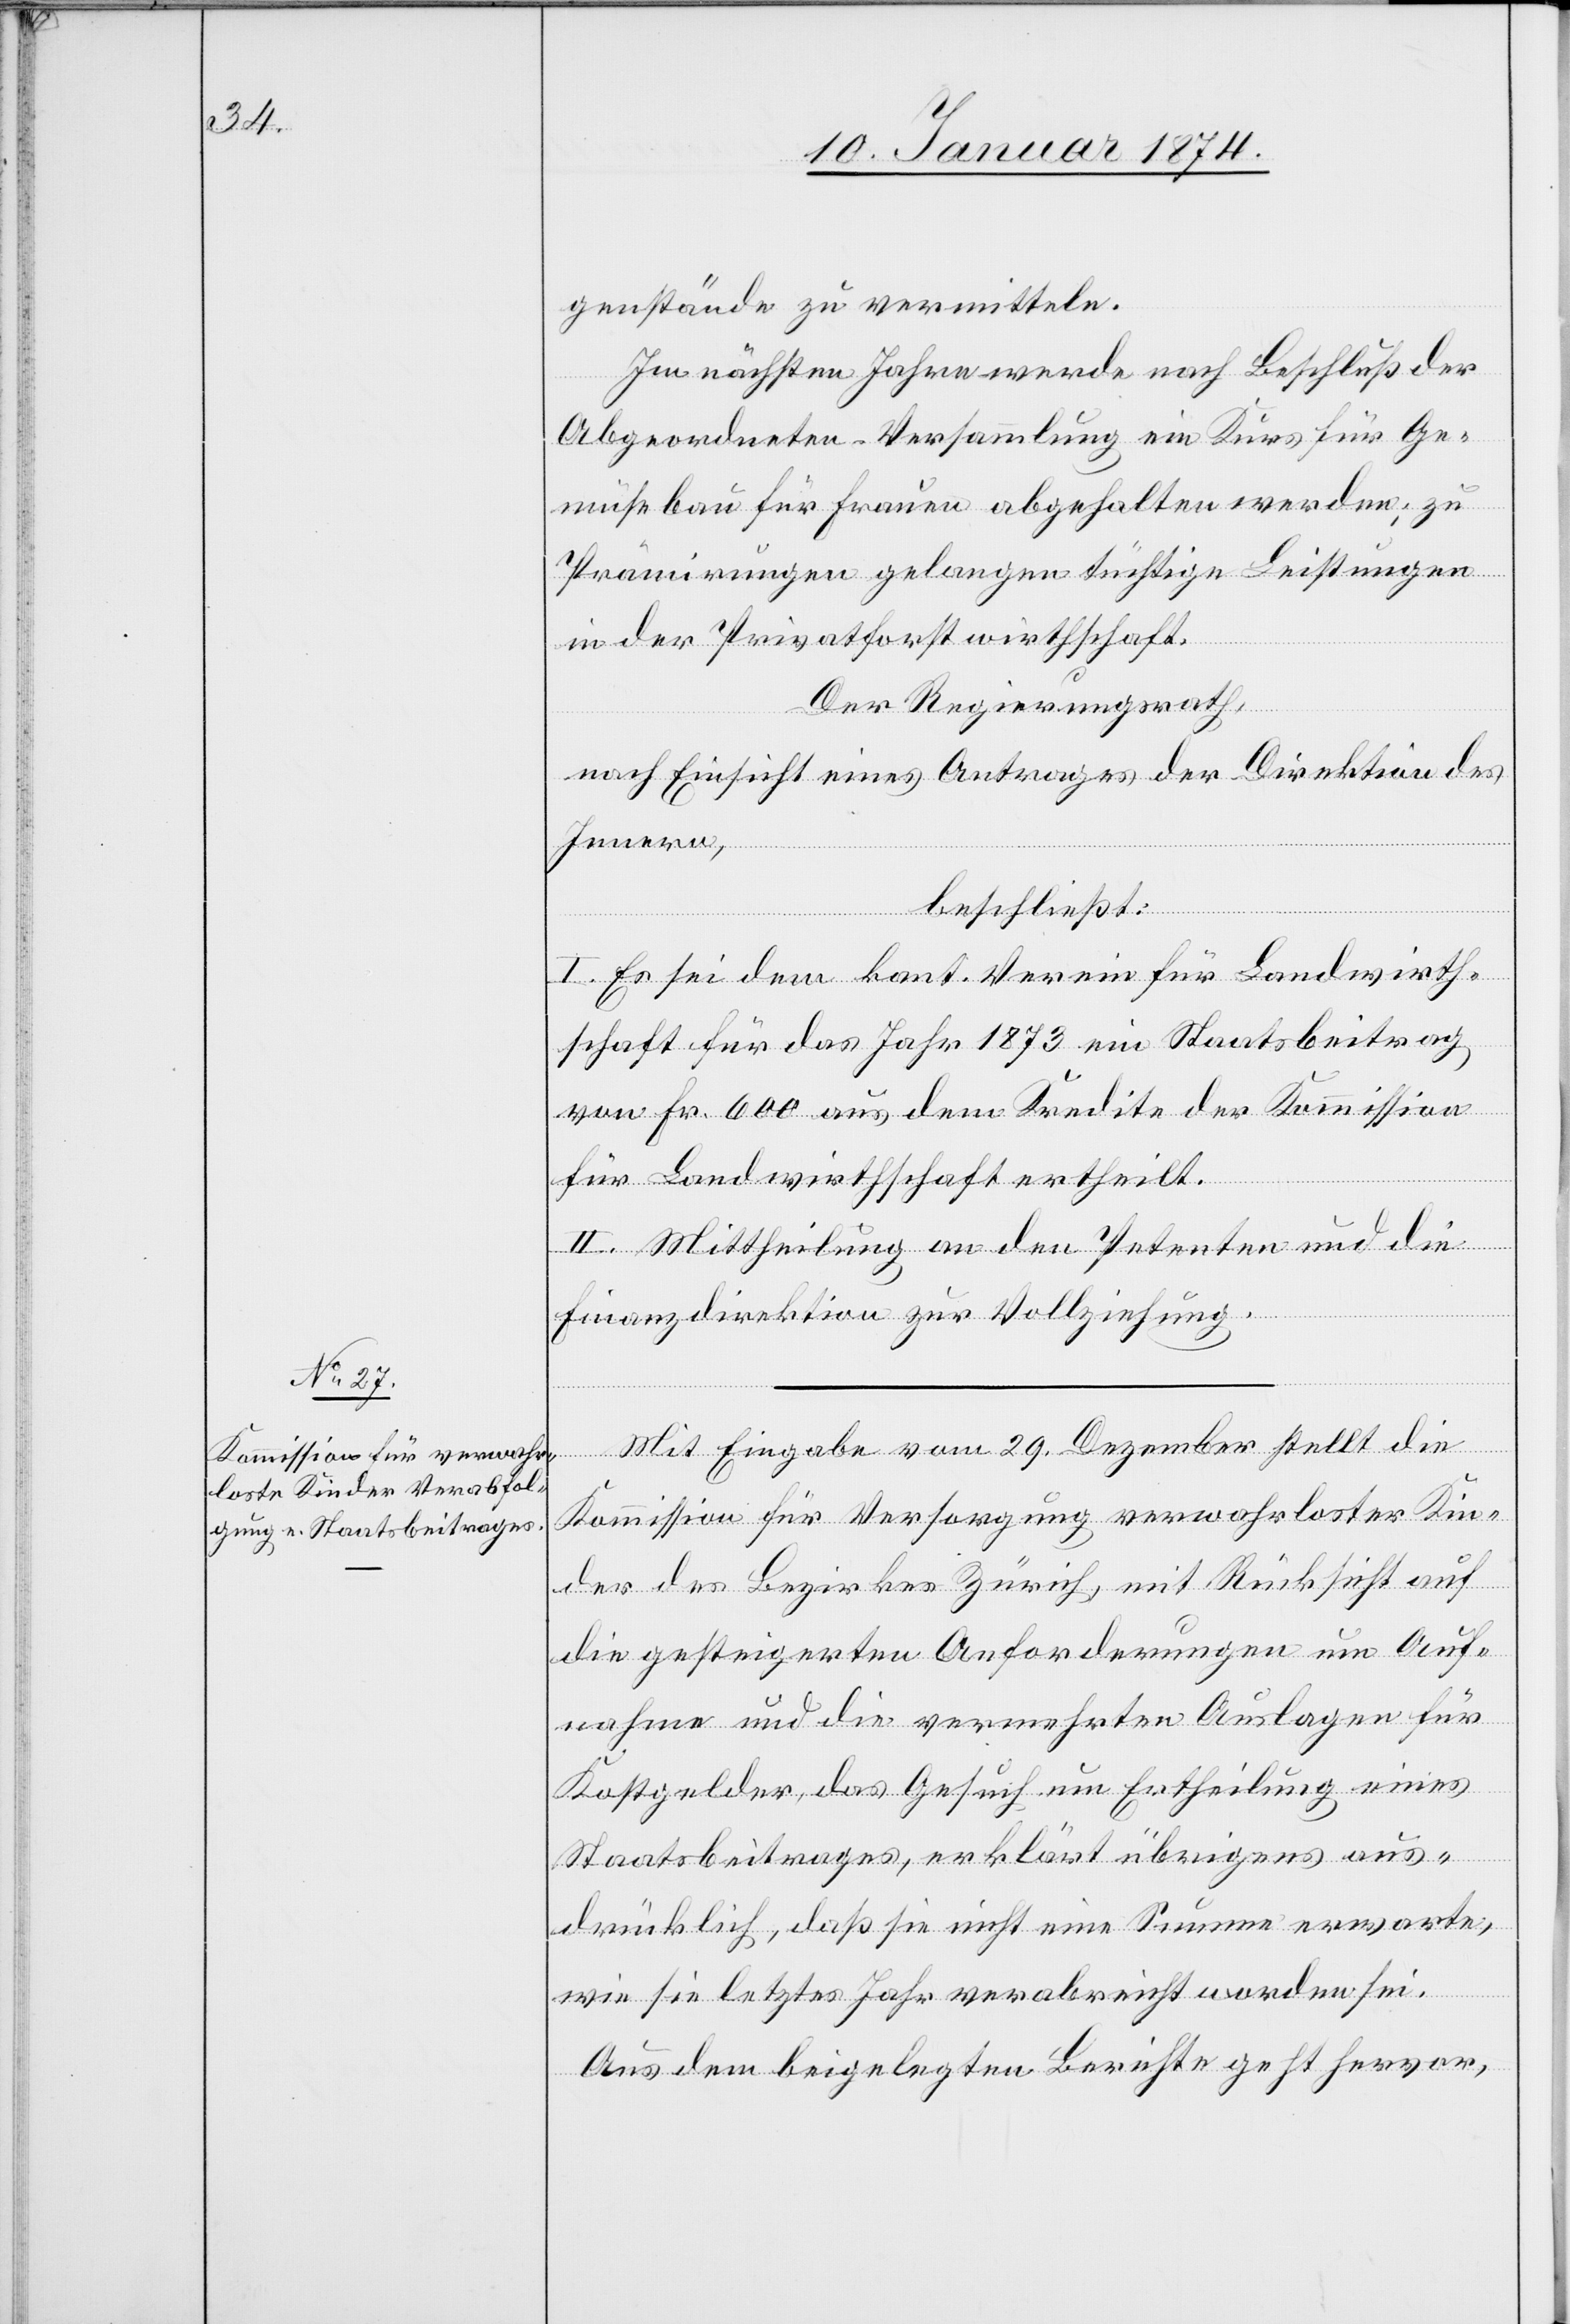
genstände zu vermitteln.
Im nächsten Jahre werde nach Beschluß der
Abgeordneten Versammlung ein Kurs für Ge¬
müsebau für Frauen abgehalten werden, zu
Prämierungen gelangen tüchtige Leistungen
in der Privatforstwirthschaft.
Der Regierungsrath,
nach Einsicht eines Antrages der Direktion des
Innern,
beschließt:
I. Es sei dem kant. Verein für Landwirth¬
schaft für das Jahr 1873 ein Staatsbeitrag
von Fr. 600 aus dem Kredite der Kommission
für Landwirthschaft ertheilt.
II. Mittheilung an den Petenten und die
Finanzdirektion zur Vollziehung.
Mit Eingabe vom 29. Dezember stellt die
Kommission für Versorgung verwahrloster Kin¬
der des Bezirkes Zürich, mit Rücksicht auf
die gesteigerten Anforderungen um Auf¬
nahme und die vermehrten Auslagen für
Kostgelder, das Gesuch um Ertheilung eines
Staatsbeitrages, erklärt übrigens aus¬
drücklich, daß sie nicht eine Summe erwarte,
wie sie letztes Jahr verabreicht worden sei.
Aus dem beigelegten Berichte geht hervor,